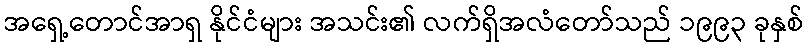
အရှေ့တောင်အာရှ နိုင်ငံများ အသင်း၏ လက်ရှိအလံတော်သည် ၁၉၉၃ ခုနှစ်